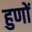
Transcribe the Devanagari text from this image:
हुणों